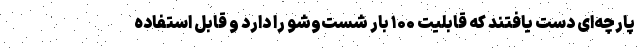
پارچه‌ای دست یافتند که قابلیت ۱۰۰ بار شست‌وشو را دارد و قابل استفاده